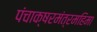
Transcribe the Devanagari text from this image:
पंचाक्षरमंत्रमहिमा